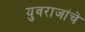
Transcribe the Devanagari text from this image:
युवराजांचे